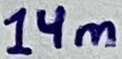
Text: 14m